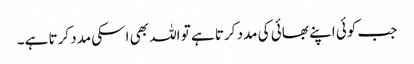
جب کوئی اپنے بھائی کی مدد کرتا ہے تو اللہ بھی اسکی مدد کرتا ہے۔